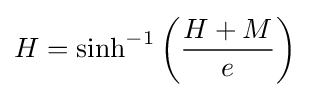
H=\sinh ^{-1}\left({\frac {H+M}{e}}\right)